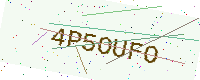
Text: 4P5OUFO